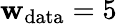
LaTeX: \mathbf{w}_{\textrm{{data}}}=5